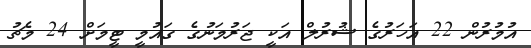
އުމުރުން 22 އަހަރުގެ ޝުރުލް އަކީ ޖަރުމަނުގެ ގައުމީ ޓީމަށް 24 މެޗު